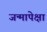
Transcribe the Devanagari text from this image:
जन्मापेक्षा